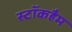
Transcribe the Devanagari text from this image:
स्टॉकहैम